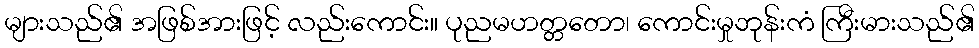
များသည်၏ အဖြစ်အားဖြင့် လည်းကောင်း။ ပုညမဟတ္တတော၊ ကောင်းမှုဘုန်းကံ ကြီးမားသည်၏